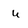
Character: u